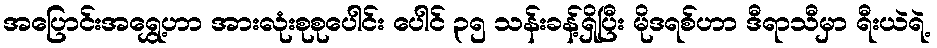
အပြောင်းအရွှေ့ဟာ အားလုံးစုစုပေါင်း ပေါင် ၃၅ သန်းခန့်ရှိပြီး မိုဒရစ်ဟာ ဒီရာသီမှာ ရီးယဲရဲ့